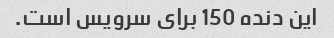
این دنده 150 برای سرویس است.